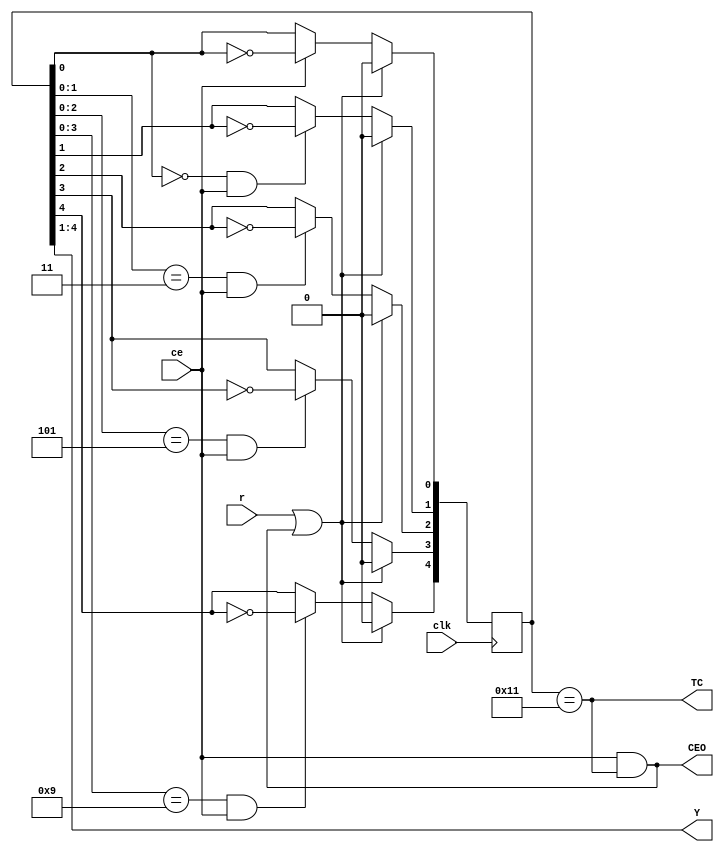
`timescale 1ns / 1ps
//////////////////////////////////////////////////////////////////////////////////
// Company: 
// Engineer: 
// 
// Design Name: 
// Module Name:    VCGrey4RE 
// Project Name: 
// Target Devices: 
// Tool versions: 
// Description: 
//
// Dependencies: 
//
// Revision: 
// Revision 0.01 - File Created
// Additional Comments: 
//
//////////////////////////////////////////////////////////////////////////////////
module VCGrey4RE(
    input clk,
    input ce,
    input r,
    output wire [3:0] Y,
    output wire CEO,
    output wire TC
    );
reg [4:0] q = 0;
assign TC = (q[4:0] == ((1<<4)|1));
assign CEO = ce & TC;
assign Y = q[4:1];
always @ (posedge clk) begin
q[0] <= (r|CEO)?0:ce?!q[0]:q[0];
q[1] <= (r|CEO)?0:((q[0] == 0) & ce)?!q[1]:q[1];
q[2] <= (r|CEO)?0:((q[1:0] == ((1<<1)|1)) & ce)?!q[2]:q[2];
q[3] <= (r|CEO)?0:((q[2:0] == ((1<<2)|1)) & ce)?!q[3]:q[3];
q[4] <= (r|CEO)?0:((q[3:0] == ((1<<3)|1)) & ce)?!q[4]:q[4];
end
endmodule